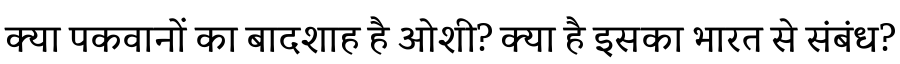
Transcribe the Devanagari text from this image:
क्या पकवानों का बादशाह है ओशी? क्या है इसका भारत से संबंध?